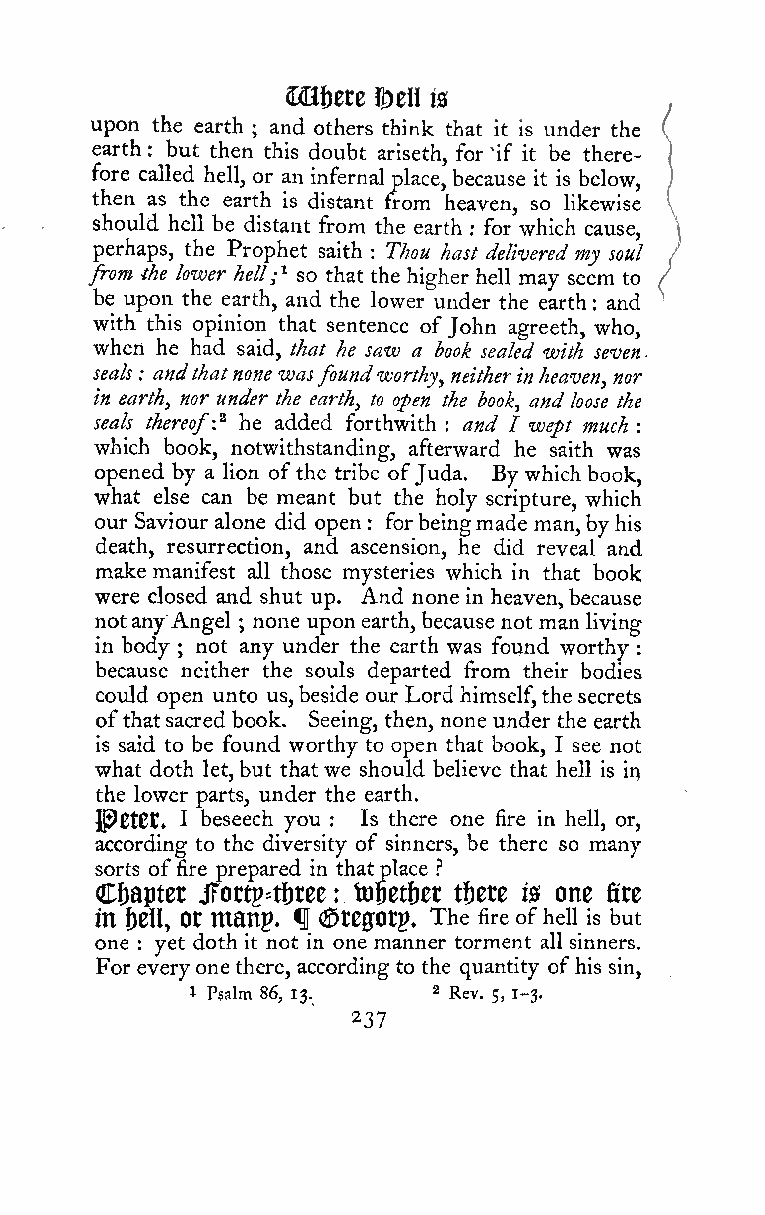
mtm
 ©ell 10
 upon the earth ; and others think that it is under the
 earth : but then this doubt ariseth, for 1f it be there-
 fore called hell, or an infernal place, because it is below,
 then as the earth is distant from heaven, so likewise
 should hell be distant from the earth for which cause,
 :
 perhaps, the Prophet saith : T/iou hast delivered my soul
 from the lower hell;^ so that the higher hell may seem to
 be upon the earth, and the lower under the earth and
 :
 with this opinion that sentence of John agreeth, who,
 when he had said, that he saw a book sealed with seven
 seals : andthatnone wasfoundworthy, neitherinheaven, nor
 in earth, nor under the earth, to open the book, and loose the
 seals thereof:'^ he added forthwith and I wept much
 :            :
 which book, notwithstanding, afterward he saith was
 opened by a lion ofthe tribe ofJuda. By which book,
 what else can be meant but the holy scripture, which
 our Saviour alone did open
 :
 forbeingmade man,byhis
 death, resurrection, and ascension, he did reveal and
 make manifest all those mysteries which in that book
 were closed and shut up. And none in heaven,because
 notanyAngel ; none uponearth,because not man living
 in body not any under the earth was found worthy
 ;                             :
 because neither the souls departed from their bodies
 could open unto us,beside our Lord himself,the secrets
 ofthatsacred book. Seeing, then, none under the earth
 is said to be found worthy to open that book, I see not
 what doth let,but that we should believe that hell is ir^
 the lower parts, under the earth.
 IPCtCt. I beseech you : Is there one fire in hell, or,
 according to the diversity of sinners, be there so many
 sorts offire prepared in that place ?
 Chapter JFortp=ti)ree: toipet&et tftete is one fire
 in i)en, or manp* fl (Sregorp. The fire ofheii is but
 one : yet doth it not in one manner torment all sinners.
 For everyonethere, according to the quantity of his sin,
 I Psalm 86, 13. 2 Rey. 5^ j.j.
 237